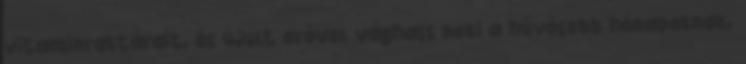
vitaminraktárait, és újult erővel vághass neki a hűvösebb hónapoknak.